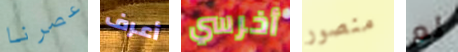
عصرنا أعرف أخرسي منصور لم